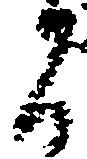
間